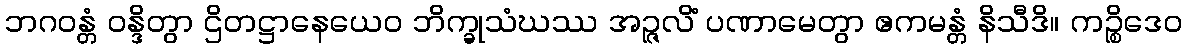
ဘဂဝန္တံ ဝန္ဒိတွာ ဌိတဋ္ဌာနေယေဝ ဘိက္ခုသံဃဿ အဉ္ဇလိံ ပဏာမေတွာ ဧကမန္တံ နိသီဒိ။ ကဉ္စိဒေဝ